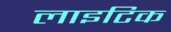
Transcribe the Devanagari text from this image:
लाइटिक